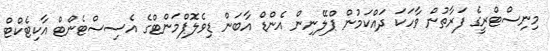
މިނިސްޓްރީގެ ފަރާތުން ވާހަކަ ދައްކަމުން ޕްލޭނިން އެންޑް އާބަން ޑިވެލޮޕްމަންޓްގެ އެސިސްޓެންޓް އާކިޓެކްޓް